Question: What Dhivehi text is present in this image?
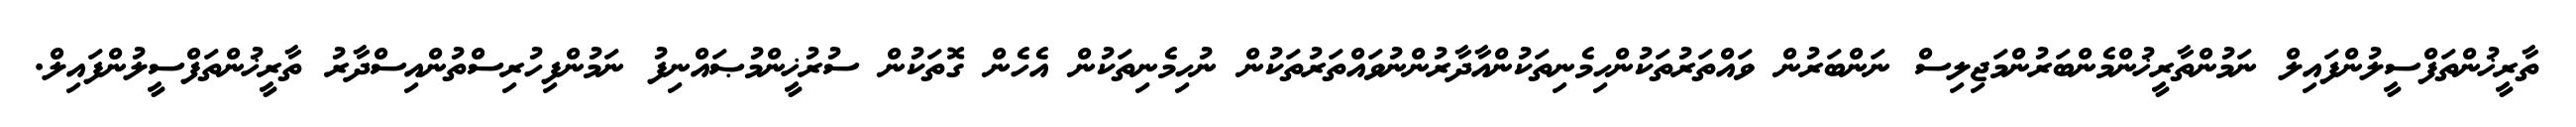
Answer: ތާރީޚުންތަފްސީލުންފައިލް ނަމުންތާރީޚުންމެންބަރުންމަޖިލިސް ނަންބަރުން ވައްތަރުތަކުންހިމެނިތަކުންއާދާރުންނުވައްތަރުތަކުން ނުހިމެނިތަކުން އެހެން ގޮތަކުން ސުރުޚީންމުޞައްނިފު ނަމުންފިހުރިސްތުންއިސްދާރު ތާރީޚުންތަފްސީލުންފައިލް.